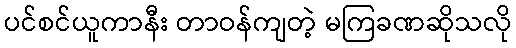
ပင်စင်ယူကာနီး တာဝန်ကျတဲ့ မကြခဏဆိုသလို